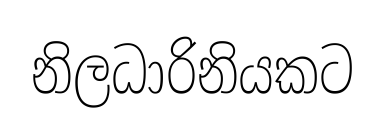
නිලධාරිනියකට